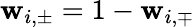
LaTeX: \mathbf{w}_{i,\pm}=1-\mathbf{w}_{i,\mp}